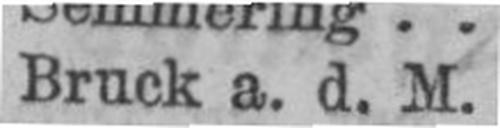
Bruck a. d. M.